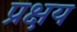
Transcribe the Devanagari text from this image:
प्रक्षय